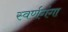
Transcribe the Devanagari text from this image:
स्वर्णगंगा